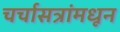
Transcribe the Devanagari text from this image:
चर्चासत्रांमधून